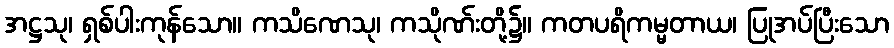
အဋ္ဌသု၊ ရှစ်ပါးကုန်သော။ ကသိဏေသု၊ ကသိုဏ်းတို့၌။ ကတပရိကမ္မတာယ၊ ပြုအပ်ပြီးသော